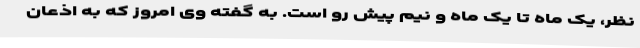
نظر، یک ماه تا یک ماه و نیم پیش رو است. به گفته وی امروز که به اذعان